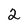
Character: 2